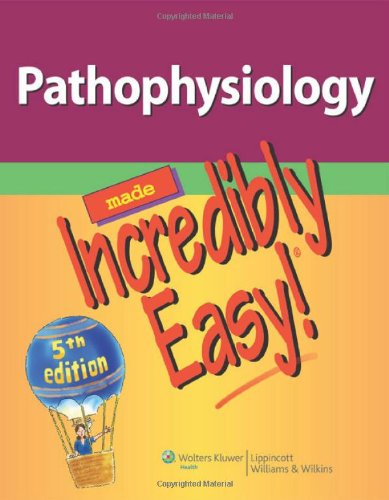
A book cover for Pathophysiology Made Incredibly Easy! (Incredibly Easy! SeriesÂ®); Lippincott; Medical Books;